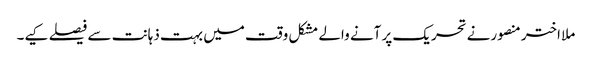
ملا اختر منصورنے تحریک پر آنے والے مشکل وقت میں بہت ذہانت سے فیصلے کیے۔